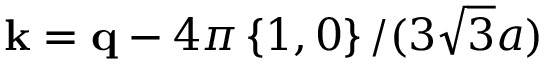
\mathbf { k } = \mathbf { q } - 4 \pi \left\{ 1 , 0 \right\} / ( 3 \sqrt { 3 } a )